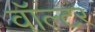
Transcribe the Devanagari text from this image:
वॉल्‍टर